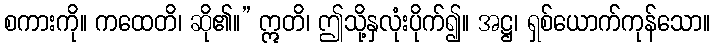
စကားကို။ ကထေတိ၊ ဆို၏။” ဣတိ၊ ဤသို့နှလုံးပိုက်၍။ အဋ္ဌ၊ ရှစ်ယောက်ကုန်သော။